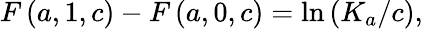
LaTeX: F\left(a,1,c\right)-F\left(a,0,c\right)=\ln\left(K_{a}/c\right),